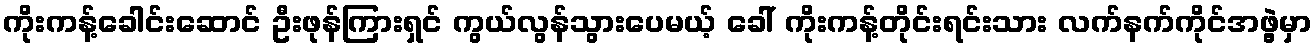
ကိုးကန့်ခေါင်းဆောင် ဦးဖုန်ကြားရှင် ကွယ်လွန်သွားပေမယ့် ခေါ် ကိုးကန့်တိုင်းရင်းသား လက်နက်ကိုင်အဖွဲ့မှာ